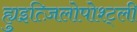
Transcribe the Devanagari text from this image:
ह्युइत्ज़िलोपोश्ट्ली